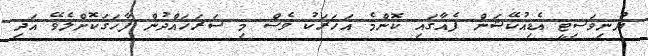
ޔުނިވަސިޓީ އެޑިއުކޭޝަން ފެއާގައި ކޮންމެ އަހަރަކު ވެސް މި ސަރަހައްދުން ފާހަގަކޮށްލެވޭ އަދި